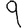
Digit: 9